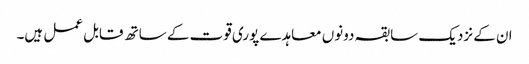
ان کے نزدیک سابقہ دونوں معاہدے پوری قوت کے ساتھ قابل عمل ہیں۔